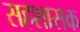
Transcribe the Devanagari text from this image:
सहशासक